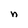
Character: n